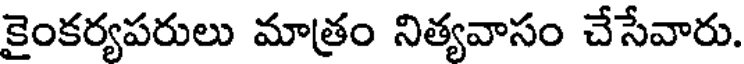
కైంకర్యపరులు మాత్రం నిత్యవాసం చేసేవారు.